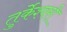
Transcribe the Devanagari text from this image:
तुर्केश्वरी